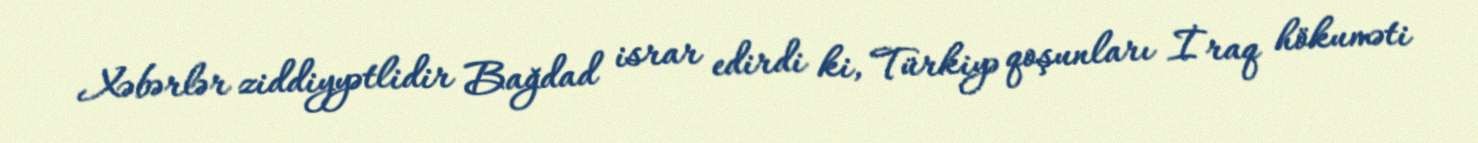
Xəbərlər ziddiyyətlidir Bağdad israr edirdi ki, Türkiyə qoşunları İraq hökuməti